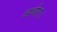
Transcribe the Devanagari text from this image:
अधीरा।